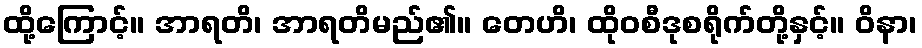
ထို့ကြောင့်။ အာရတိ၊ အာရတိမည်၏။ တေဟိ၊ ထိုဝစီဒုစရိုက်တို့နှင့်။ ဝိနာ၊